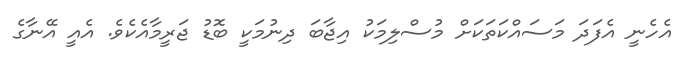
އެހެނީ އެފަދަ މަސައްކަތަކަށް މުސްލިމަކު އިޖާބަ ދިނުމަކީ ބޮޑު ޖަރީމާއެކެވެ. އެއީ އޭނާގެ